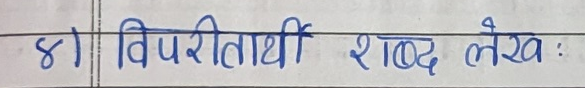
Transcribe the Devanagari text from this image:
४) विपरीतार्थी शब्द लेख :